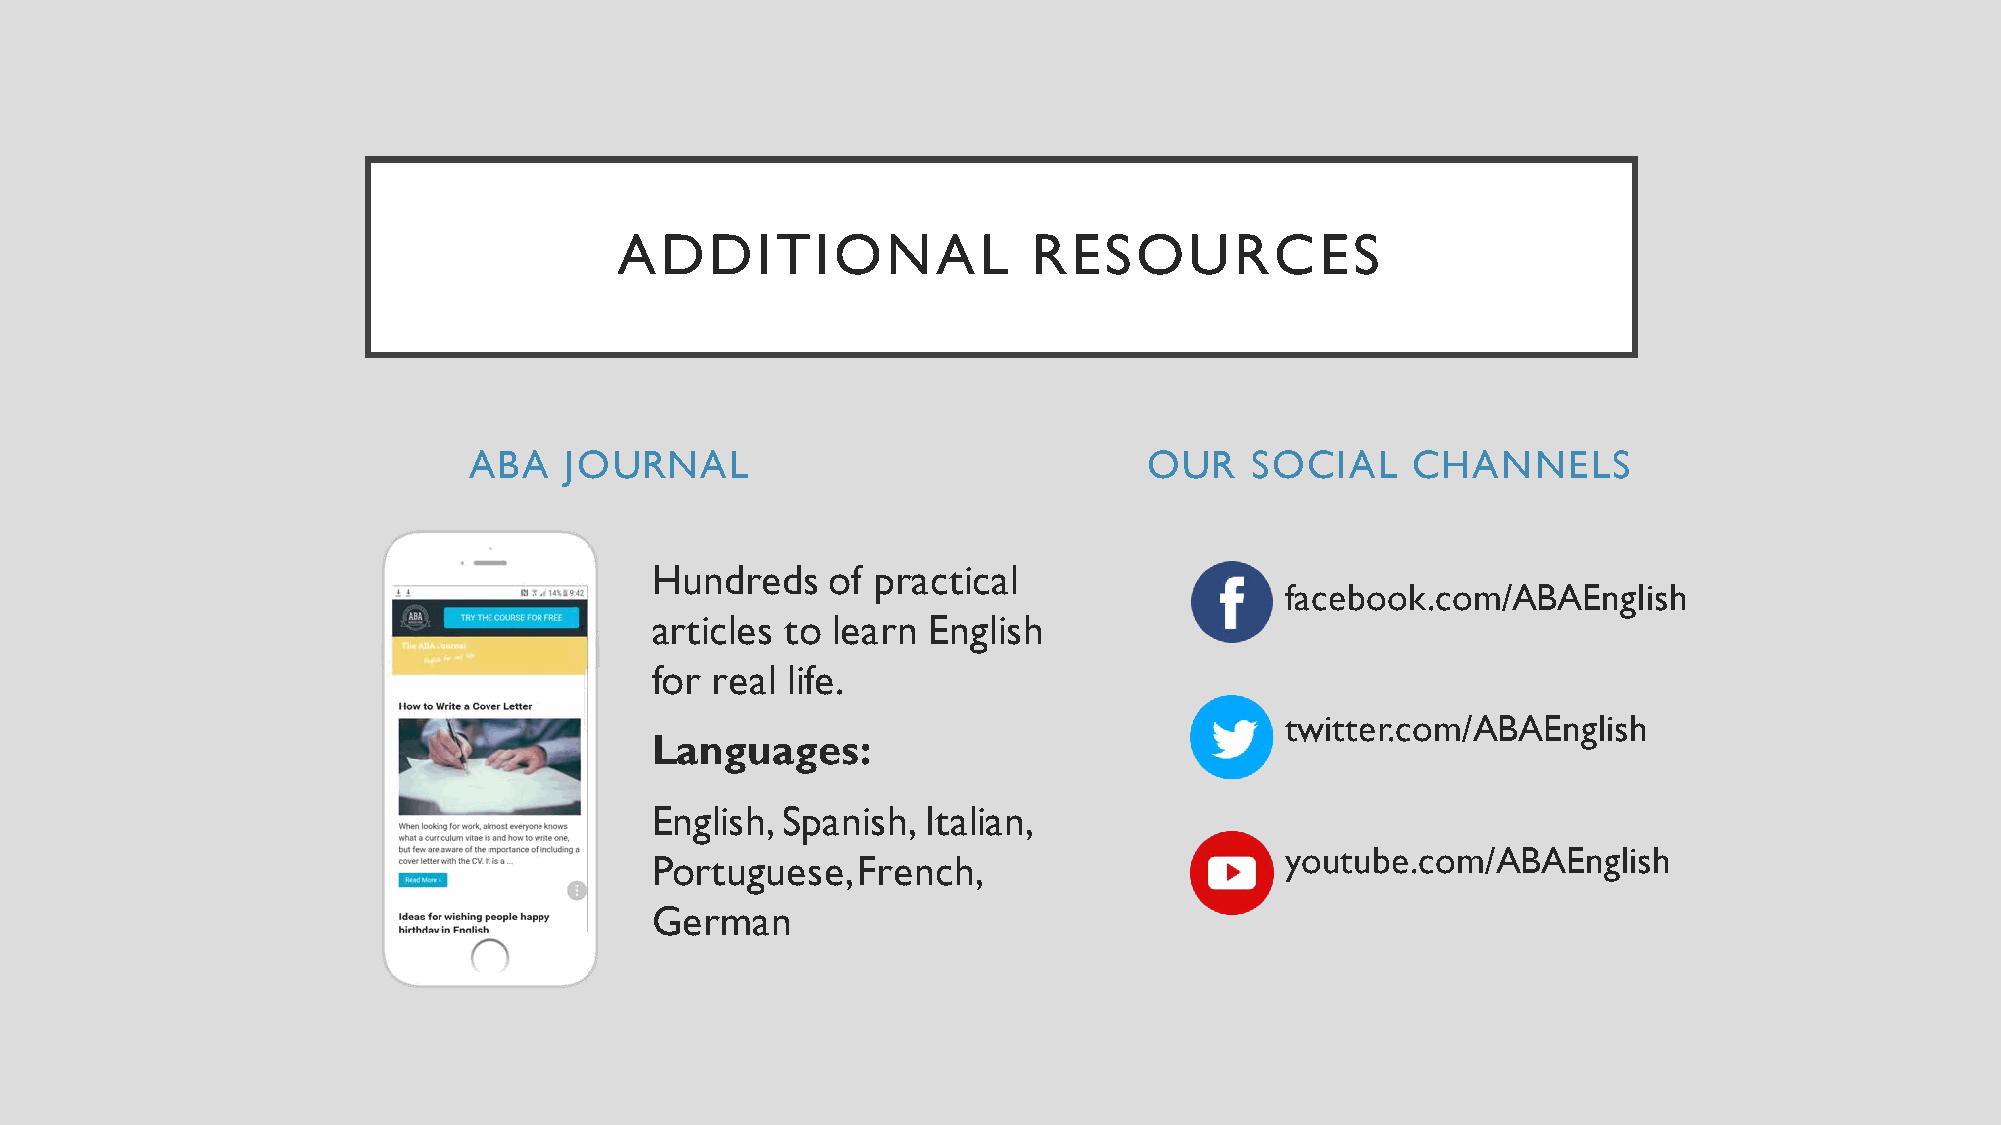
ADDITIONAL                 RESOURCES
 ABA   JOURNAL                                OUR    SOCIAL    CHANNELS
 Hundreds    of practical
 facebook.com/ABAEnglish
 articles to learn English
 for real life.
 twitter.com/ABAEnglish
 Languages:
 English, Spanish, Italian,
 youtube.com/ABAEnglish
 Portuguese,   French,
 German